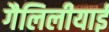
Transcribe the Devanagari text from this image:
गैलिलीयाई